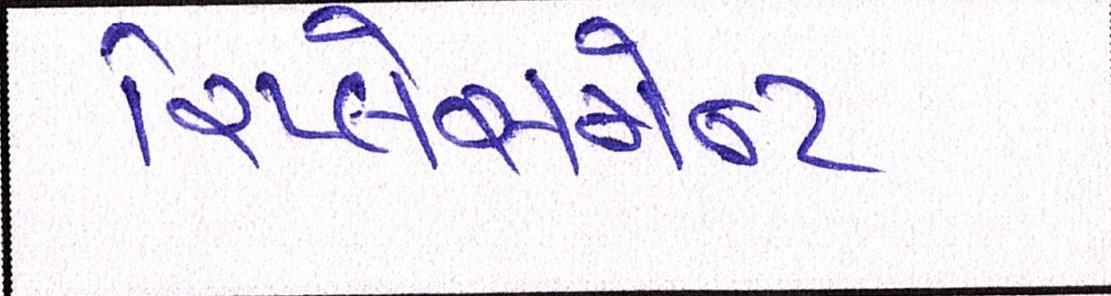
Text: રિપ્લેસમેન્ટ